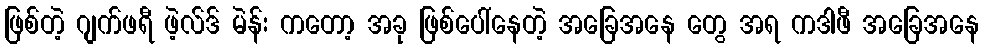
ဖြစ်တဲ့ ဂျက်ဖရီ ဖဲ့လ်ဒ် မဲန်း ကတော့ အခု ဖြစ်ပေါ်နေတဲ့ အခြေအနေ တွေ အရ ကဒါဖီ အခြေအနေ